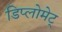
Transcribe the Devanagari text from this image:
डिप्लोमेट्